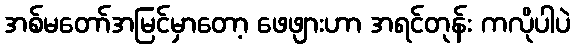
အစ်မတော်အမြင်မှာတော့ ဖေဖျားဟာ အရင်တုန်း ကလိုပါပဲ